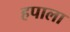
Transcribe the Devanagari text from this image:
हपाला